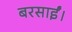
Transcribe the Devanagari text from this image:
बरसाईं।